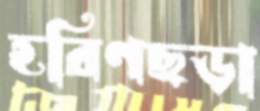
হরিণছড়া